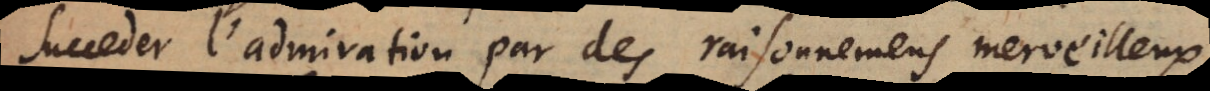
succeder l’admiration par des raisonnemens merveilleux,